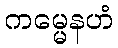
ကမ္မေနဟံ